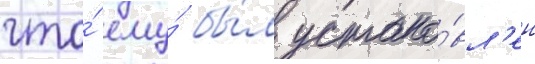
что́ ему́ бы́л устано́вл'ен